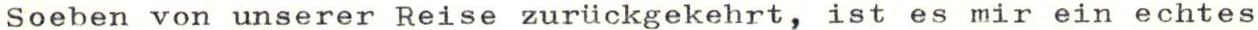
Soeben von unserer Reise zurückgekehrt, ist es mir ein echtes